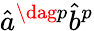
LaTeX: \hat{a}^{\dag p}\hat{b}^{p}